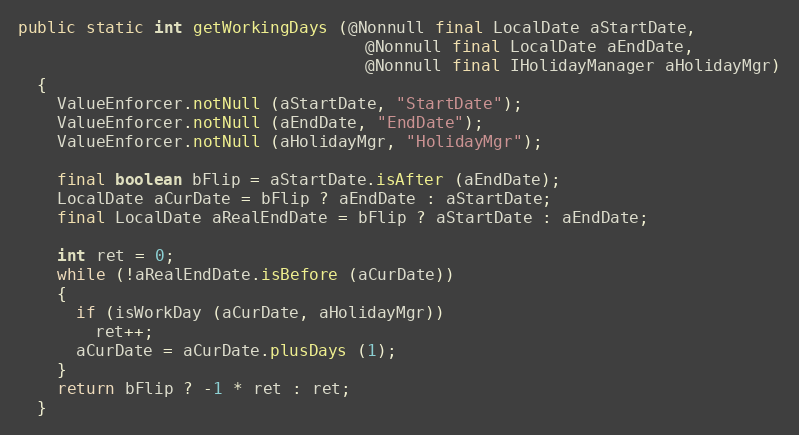
Language: Java
public static int getWorkingDays (@Nonnull final LocalDate aStartDate,
                                    @Nonnull final LocalDate aEndDate,
                                    @Nonnull final IHolidayManager aHolidayMgr)
  {
    ValueEnforcer.notNull (aStartDate, "StartDate");
    ValueEnforcer.notNull (aEndDate, "EndDate");
    ValueEnforcer.notNull (aHolidayMgr, "HolidayMgr");

    final boolean bFlip = aStartDate.isAfter (aEndDate);
    LocalDate aCurDate = bFlip ? aEndDate : aStartDate;
    final LocalDate aRealEndDate = bFlip ? aStartDate : aEndDate;

    int ret = 0;
    while (!aRealEndDate.isBefore (aCurDate))
    {
      if (isWorkDay (aCurDate, aHolidayMgr))
        ret++;
      aCurDate = aCurDate.plusDays (1);
    }
    return bFlip ? -1 * ret : ret;
  }